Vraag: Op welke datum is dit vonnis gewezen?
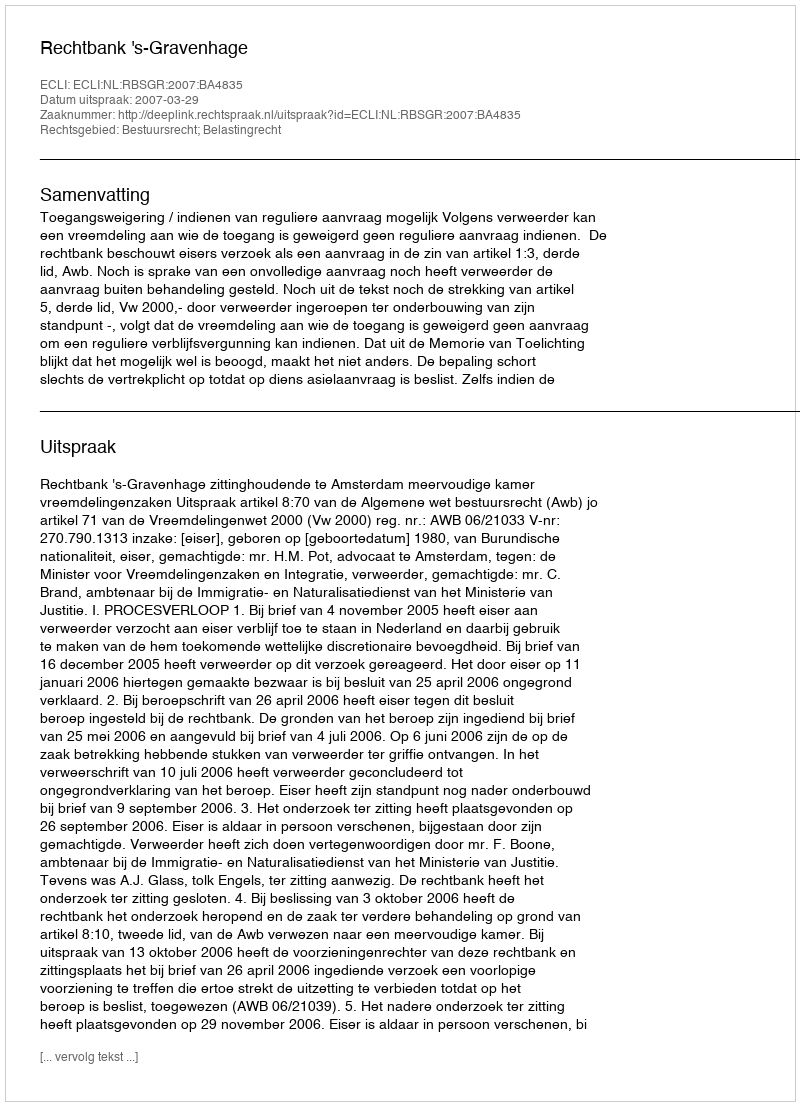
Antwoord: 2007-03-29